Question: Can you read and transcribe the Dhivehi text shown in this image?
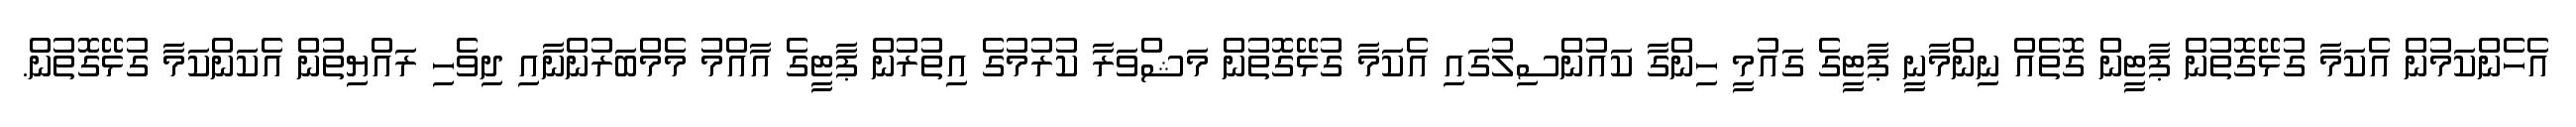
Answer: އެހެންކަމުން އެކަމާ ގުޅޭގޮތުން ޕާޓީން ގޮތެއް ނިންމާނީ ޕާޓީގެ ގައުމީ ހިންގާ ކައުންސިލުގައި އެކަމާ ގުޅޭގޮތުން މަޝްވަރާ ކުރުމުގެ އިތުރުން ޕާޓީގެ އާއްމު މެމްބަރުންނާއި ދިވެހި ރައްޔިތުން އެކަންކަމާ ގުޅޭގޮތުން.